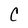
Character: C